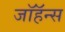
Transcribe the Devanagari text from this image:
जॉहॅन्स